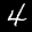
Label: 4